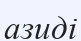
азиді